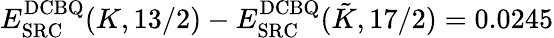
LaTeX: E_{\mathrm{SRC}}^{\mathrm{DCBQ}}(K,13/2)-E_{\mathrm{SRC}}^{\mathrm{DCBQ}}(\tilde{K},17/2)=0.0245